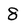
Character: 8